Sketch of the medical history of the native army of Bombay, for the year
Year: 1876
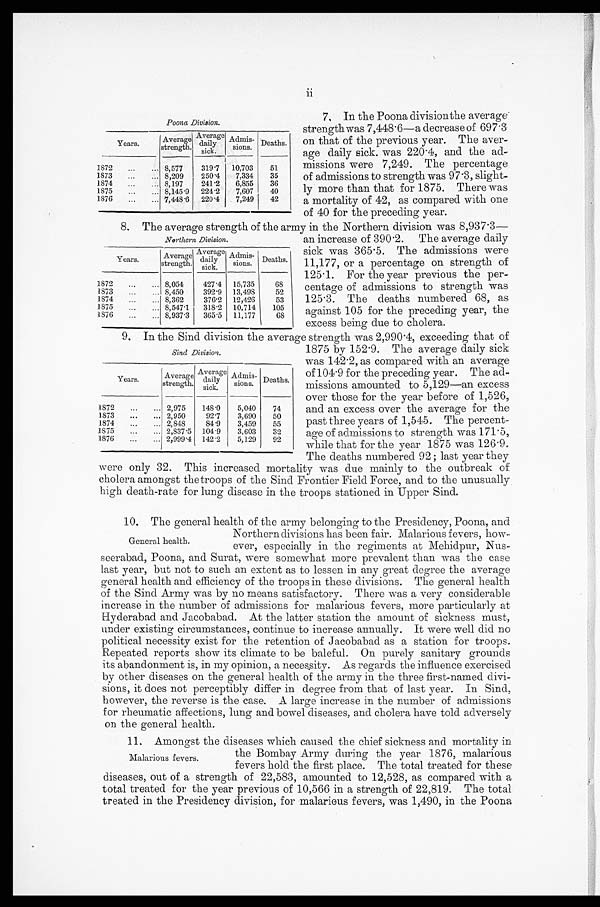
Poona Division.
Years.
Average
strength.
Average
daily
sick.
Admis-
sions.
Deaths.
1872
...
... 8,577
319.7
10,703
51
1873
...
... 8,209
250.4
7,334
35
1874
...
... 8,197
241.2
6,855
36
1875
...
... 8,145.9
224.2
7,607
40
1876
...
... 7,448.6
220.4
7,249
42
7, In the Poona divisionthe average
strength was 7,448.6—a decrease of 697.3
on that of the previous year. The aver-
age daily sick. was 220 .4, and the ad-
missions were 7,249. The percentage
of admissions to strength was 97 slight-
ly more than that for 1875. There was
a mortality of 42, as compared with one
of 40 for the preceding year.
8. The average strength of the army in the Northern division was 8,937.3—
Northern Division.
Years.
Average
strength.
Average
daily
s i c k .
Admissions. Deaths.
1872
...
... 8,054
427.4
15,735
6 8
1873
...
... 8,450
392.9
13,498
52
1874
...
... 8,362
376.2
12,426
53
1875
...
... 8,547.1
318.2
10,714
105
1876
...
... 8,937.'3
365.5 11,177
68
an increase of 390.2. The average daily
sick was 365.5. The admissions were
11,177, or a percentage on strength of
125.1. For the year previous the per-
centage of admissions to strength was
125 . 3. The deaths numbered 68, as
against 105 for the preceding year, the
excess being due to cholera.
9, In the Sind division the average strength was 2,990 .4, exceeding that of
Sind Division.
Years .
Average
strength.
Average
daily
sicky
Admis-
sions.
s Deaths.
1872
...
... 2,975
148 .0
5,040
74
1873
...
... 2,950
92.7
3,690
50
1874
...
... 2,848
84.9
3,459
55
1875
...
... 2,837.5
104.9
3,603
32
1876
...
... 2,999.4
142.2
5,129
92
1875 by 152 . 9. The average daily sick
was 142.2, as compared with an average
of 104.9 for the preceding year. The ad.
missions amounted to 5,129—an excess
over those for the year before of 1,526,
and an excess over the average for the
past three years of 1,545. The percent-
age of admissions to strength was 171.5,
while that for the year 1875 was 126.9.
The deaths numbered 92 last year they
were only 32. This increased mortality was due mainly to the outbreak of
cholera amongst the troops of the Sind Frontier Field Force, and to the unusually
high death-rate for lung disease in the troops stationed in Upper Sind.
10, The general health of the army belonging to the Presidency, Poona, and
General health.
Northern divisions has been fair. Malarious fevers, how
-ever, especially in the regiments at Mehidpur, Nus-
seerabad, Poona, and Surat, were somewhat more prevalent than was the case
last year, but not to such an extent as to lessen in any great degree the average
general health and efficiency of the troops in these divisions. The general health
of the Sind Army was by no means satisfactory. There was a very considerable
increase in the number of admissions for malarious fevers, more particularly at
Hyderabad and Jacobabad. At the latter station the amount of sickness must,
under existing circumstances, continue to increase annually. It were well did no
political necessity exist for the retention of Jacobabad as a station for troops.
Repeated reports show its climate to be baleful. On purely sanitary grounds
its abandonment is, in my opinion, a necessity. As regards the influence exercised
by other diseases on the general health of the army in the three first-named divi-
sions, it does not perceptibly differ in degree from that of last year. In Sind,
however, the reverse is the case. A large increase in the number of admissions
for rheumatic affections, lung and bowel diseases, and cholera have told adversely
on the general health.
11. Amongst the diseases which caused the chief sickness and mortality in.
Malarious fevers.
the Bombay Army during the year 1876, malarious
fevers hold the first place. The total treated for these
diseases, out of a strength of 22,583, amounted to 12,528, as compared with a
total treated for the year previous of 10,566 in a strength of 22,819. The total
treated in the Presidency division, for malarious fevers, was 1,490, in the Poona